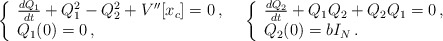
\begin{align*} \begin{array}{ll}\left\lbrace \begin{array}{l}\frac{dQ_1}{dt} + Q_1^2 - Q_2^2 + V''[x_c]=0\,, \\Q_1(0)=0\,, \end{array}\right.&\left\lbrace \begin{array}{ll}\frac{dQ_2}{dt} + Q_1 Q_2 + Q_2 Q_1 =0\,, \\Q_2(0)=b I_N\,. \end{array}\right.\end{array}\end{align*}